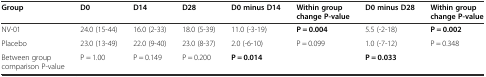
| Group | D0 | D14 | D28 | D0 minus D14 | Within group change P-value | D0 minus D28 | Within group change P-value |
 | --- | --- | --- | --- | --- | --- | --- | --- |
 | NV-01 | 24.0 (15-44) | 16.0 (2-33) | 18.0 (5-39) | 11.0 (-3-19) | P = 0.004 | 5.5 (-2-18) | P = 0.002 |
 | Placebo | 23.0 (13-49) | 22.0 (9-40) | 23.0 (8-37) | 2.0 (-6-10) | P = 0.099 | 1.0 (-7-12) | P = 0.348 |
 | Between group comparison P-value | P = 1.00 | P = 0.149 | P = 0.200 | P = 0.014 |  | P = 0.033 |  |